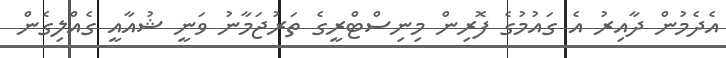
އެދެމުން ދާއިރު އެ ގައުމުގެ ފޮރިން މިނިސްޓްރީގެ ތަރުޖަމާނު ވަނީ ޝުއާއީ ގެއްލިގެން